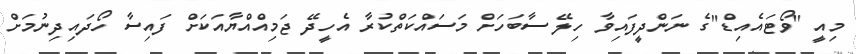
މިއީ "ވޯޓައެއިޑް"ގެ ނަންދީފައިވާ ހިލޭ ސާބަހަށް މަސައްކަތްކުރާ އެހީދޭ ޖަމިއްއްޔާއަކަށް ފައިސާ ހޯދައިދިނުމަށް